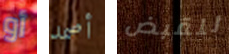
أو أصمد للقبض